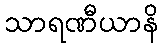
သာရဏီယာနိ